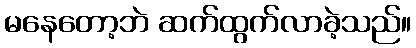
မနေတော့ဘဲ ဆက်ထွက်လာခဲ့သည်။